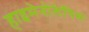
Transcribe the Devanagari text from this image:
हाइमेनोलेपिस